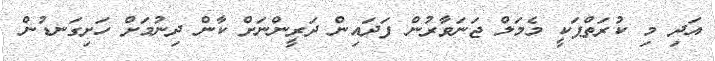
އަދި މި ކުރަތްޕަކީ މެމަލް ޖަނަވާރުން ފަދައިން ދަރީންނަށް ކާން ދިނުމަށް ހަށިގަނޑުން